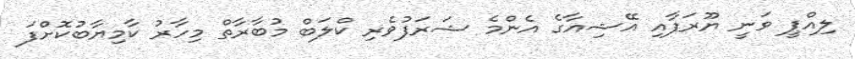
ލިއްޕީ ވަނީ ޔޫރަޕާއި އޭޝިއާގެ އެންމެ ޝަރަފުވެރި ކްލަބް މުބާރާތް މިހާރު ކާމިޔާބުކޮށްފަ